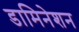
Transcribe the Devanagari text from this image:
डामिनेशन